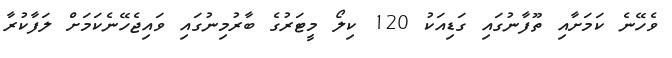
ވެހޭނެ ކަމަށާއި ތޫފާނުގައި ގަޑިއަކު 120 ކިލޯ މީޓަރުގެ ބާރުމިނުގައި ވައިޖެހޭނެކަމަށް ލަފާކުރާ